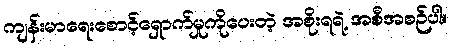
ကျန်းမာရေးစောင့်ရှောက်မှုကိုပေးတဲ့ အစိုးရရဲ့ အစီအစဉ်ပါ။